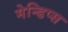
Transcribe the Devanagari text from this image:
मेन्डिप्स